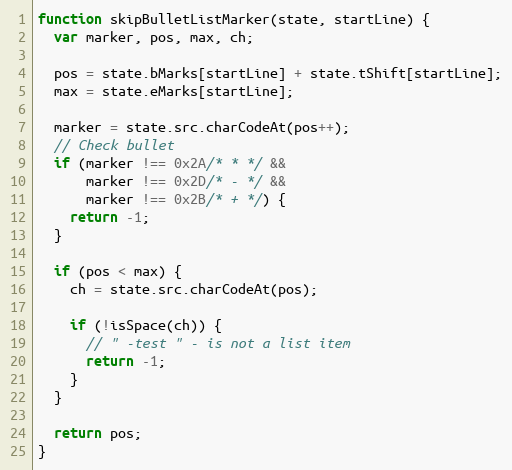
Language: JavaScript
function skipBulletListMarker(state, startLine) {
  var marker, pos, max, ch;

  pos = state.bMarks[startLine] + state.tShift[startLine];
  max = state.eMarks[startLine];

  marker = state.src.charCodeAt(pos++);
  // Check bullet
  if (marker !== 0x2A/* * */ &&
      marker !== 0x2D/* - */ &&
      marker !== 0x2B/* + */) {
    return -1;
  }

  if (pos < max) {
    ch = state.src.charCodeAt(pos);

    if (!isSpace(ch)) {
      // " -test " - is not a list item
      return -1;
    }
  }

  return pos;
}